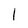
Character: I